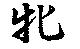
牝